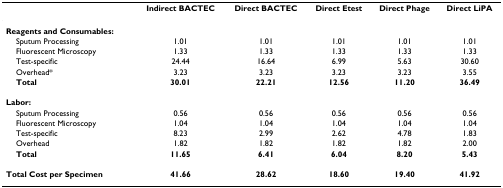
<table><thead><tr><td></td><td><b>Indirect BACTEC</b></td><td><b>Direct BACTEC</b></td><td><b>Direct Etest</b></td><td><b>Direct Phage</b></td><td><b>Direct LiPA</b></td></tr></thead><tbody><tr><td><b>Reagents and Consumables:</b></td><td></td><td></td><td></td><td></td><td></td></tr><tr><td> Sputum Processing</td><td>1.01</td><td>1.01</td><td>1.01</td><td>1.01</td><td>1.01</td></tr><tr><td> Fluorescent Microscopy</td><td>1.33</td><td>1.33</td><td>1.33</td><td>1.33</td><td>1.33</td></tr><tr><td> Test-specific</td><td>24.44</td><td>16.64</td><td>6.99</td><td>5.63</td><td>30.60</td></tr><tr><td> Overhead*</td><td>3.23</td><td>3.23</td><td>3.23</td><td>3.23</td><td>3.55</td></tr><tr><td> <b>Total</b></td><td><b>30.01</b></td><td><b>22.21</b></td><td><b>12.56</b></td><td><b>11.20</b></td><td><b>36.49</b></td></tr><tr><td><b>Labor:</b></td><td></td><td></td><td></td><td></td><td></td></tr><tr><td> Sputum Processing</td><td>0.56</td><td>0.56</td><td>0.56</td><td>0.56</td><td>0.56</td></tr><tr><td> Fluorescent Microscopy</td><td>1.04</td><td>1.04</td><td>1.04</td><td>1.04</td><td>1.04</td></tr><tr><td> Test-specific</td><td>8.23</td><td>2.99</td><td>2.62</td><td>4.78</td><td>1.83</td></tr><tr><td> Overhead</td><td>1.82</td><td>1.82</td><td>1.82</td><td>1.82</td><td>2.00</td></tr><tr><td> <b>Total</b></td><td><b>11.65</b></td><td><b>6.41</b></td><td><b>6.04</b></td><td><b>8.20</b></td><td><b>5.43</b></td></tr><tr><td><b>Total Cost per Specimen</b></td><td><b>41.66</b></td><td><b>28.62</b></td><td><b>18.60</b></td><td><b>19.40</b></td><td><b>41.92</b></td></tr></tbody></table>